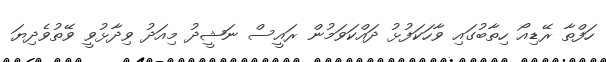
ހަފްތާ ރޭޑިއޯ ހިތާބުގައި ވާހަކަފުޅު ދައްކަވަމުން ރައީސް ނަޝީދު މިއަދު ވިދާޅުވީ ވޭތުވެދިޔަ